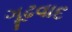
ગૂઢવાદ